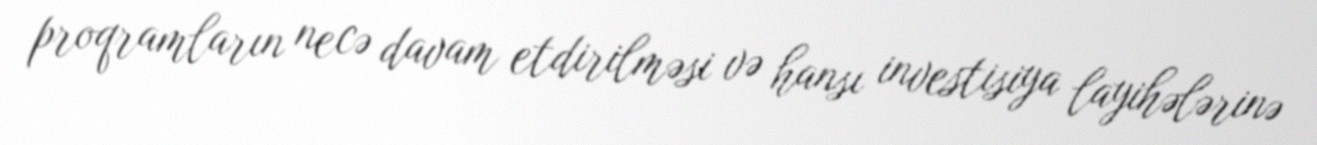
proqramların necə davam etdirilməsi və hansı investisiya layihələrinə